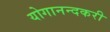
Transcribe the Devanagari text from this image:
योगानन्दकरी